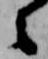
々